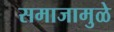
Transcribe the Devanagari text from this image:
समाजामुळे